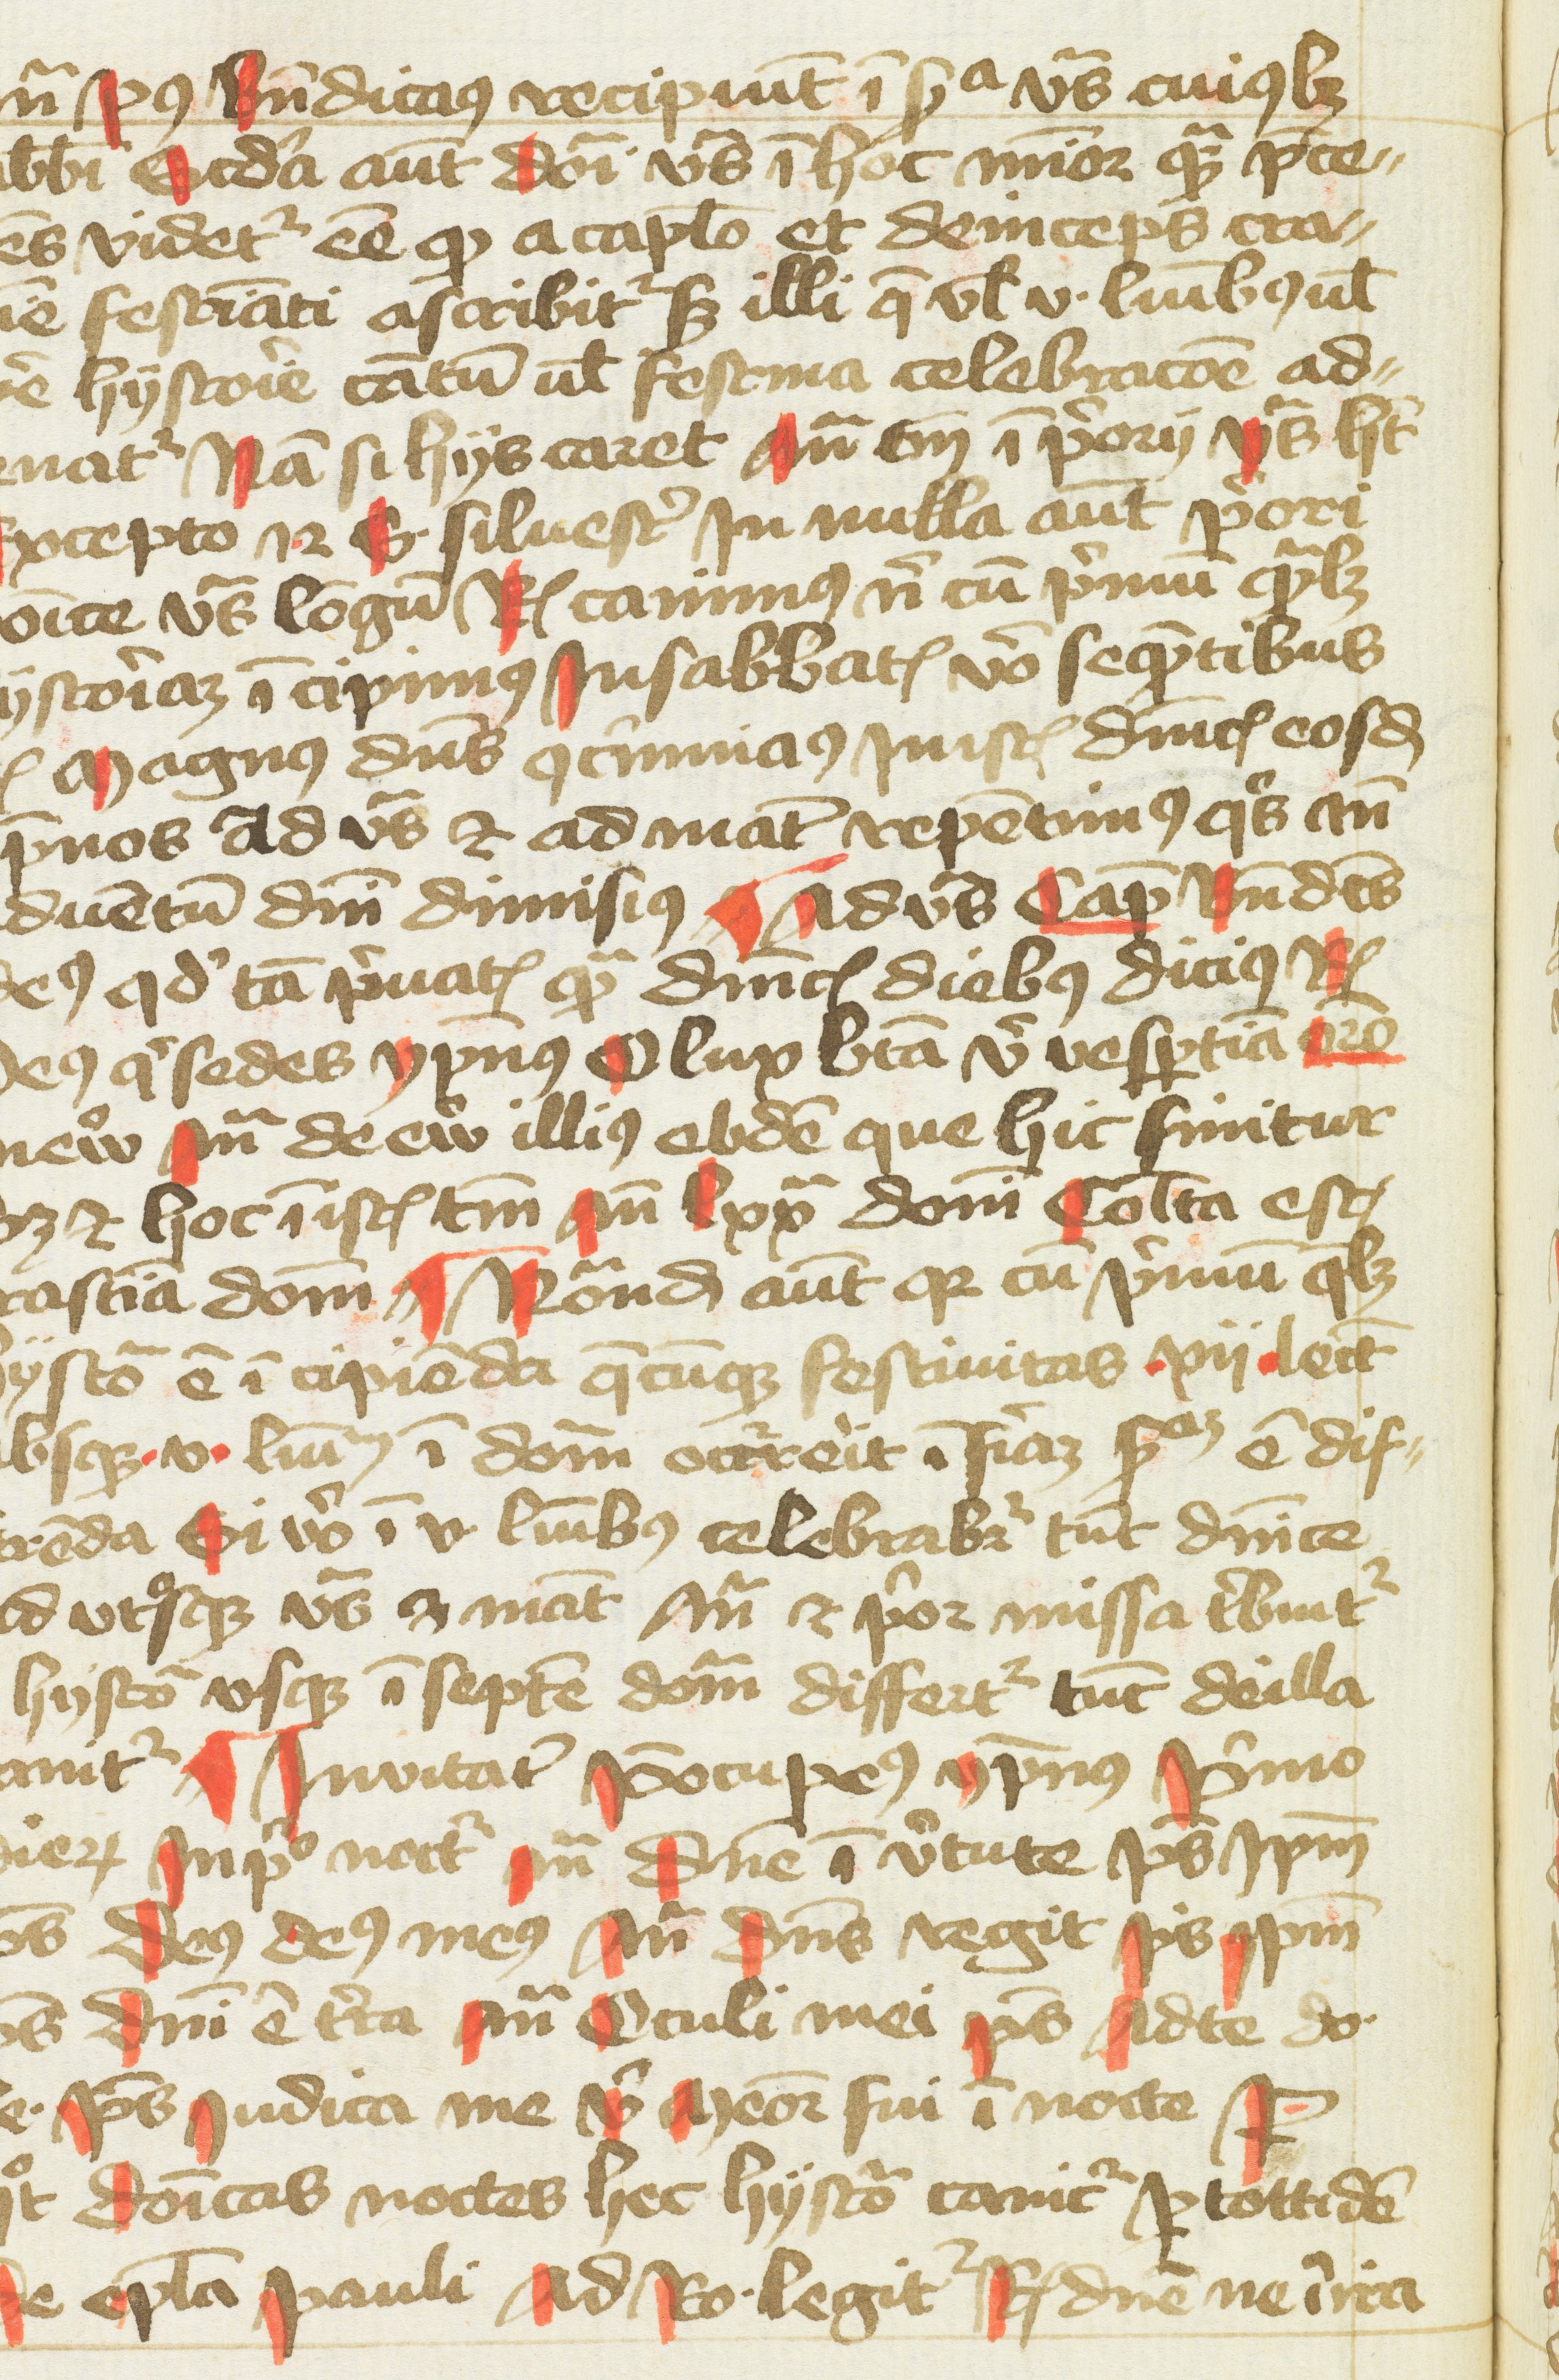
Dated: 1400–1499